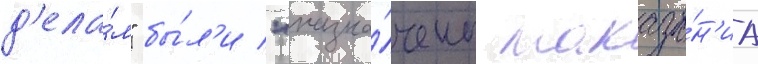
д'ела́м" бы́л'и "назна́чены наказа́н'иа